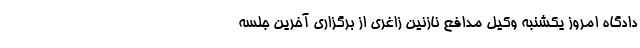
دادگاه امروز یکشنبه وکیل مدافع نازنین زاغری از برگزاری آخرین جلسه